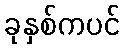
ခုနှစ်ကပင်